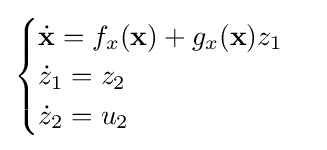
{\begin{cases}{\dot {\mathbf {x} }}=f_{x}(\mathbf {x} )+g_{x}(\mathbf {x} )z_{1}\\{\dot {z}}_{1}=z_{2}\\{\dot {z}}_{2}=u_{2}\end{cases}}